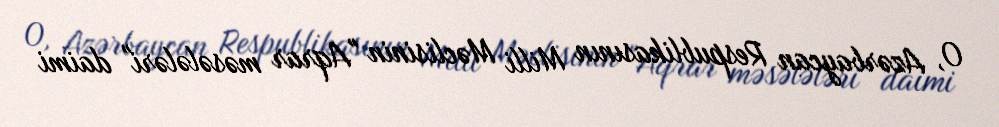
O, Azərbaycan Respublikasının Milli Məclisinin "Aqrar məsələləri" daimi